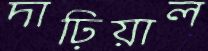
দাঢ়িয়াল